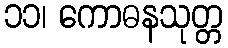
၁၁၊ ကောဓနသုတ္တ